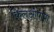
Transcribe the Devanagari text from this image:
किलओपात्रा